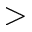
>